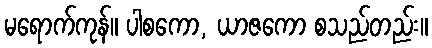
မရောက်ကုန်။ ပါစကော, ယာဇကော စသည်တည်း။